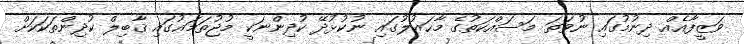
ވަޒީފާއެއް ދިނުމުގައި ނުވަތަ މަސައްކަތުގެ މާޙައުލުގައި ނުކުޅުދޭ ކުދިންނަކީ މުޖުތަމަޢުގައި ޤާބިލް ކުދިންތަކަކަށް